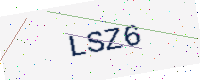
Text: LSZ6